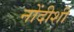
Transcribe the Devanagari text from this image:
नोंदीशी